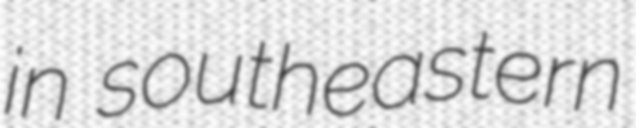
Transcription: in southeastern